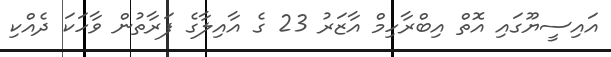
އައިސީޔޫގައި އޮތް އިބްރާހިމް އާޒަރު 23 ގެ އާއިލާގެ ފަރާތުން ވާހަކަ ދެއްކި